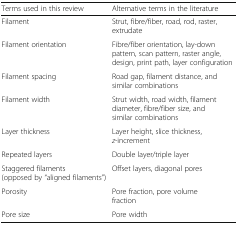
<table><thead><tr><td><b>Terms used in this review</b></td><td><b>Alternative terms in the literature</b></td></tr></thead><tbody><tr><td>Filament</td><td>Strut, fibre/fiber, road, rod, raster, extrudate</td></tr><tr><td>Filament orientation</td><td>Fibre/fiber orientation, lay-down pattern, scan pattern, raster angle, design, print path, layer configuration</td></tr><tr><td>Filament spacing</td><td>Road gap, filament distance, and similar combinations</td></tr><tr><td>Filament width</td><td>Strut width, road width, filament diameter, fibre/fiber size, and similar combinations</td></tr><tr><td>Layer thickness</td><td>Layer height, slice thickness, <i>z</i>-increment</td></tr><tr><td>Repeated layers</td><td>Double layer/triple layer</td></tr><tr><td>Staggered filaments (opposed by “aligned filaments”)</td><td>Offset layers, diagonal pores</td></tr><tr><td>Porosity</td><td>Pore fraction, pore volume fraction</td></tr><tr><td>Pore size</td><td>Pore width</td></tr></tbody></table>